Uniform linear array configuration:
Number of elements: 64
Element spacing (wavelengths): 1
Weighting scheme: uniform
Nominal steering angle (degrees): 30
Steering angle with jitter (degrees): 31.686
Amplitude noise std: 0.05
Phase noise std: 0.05

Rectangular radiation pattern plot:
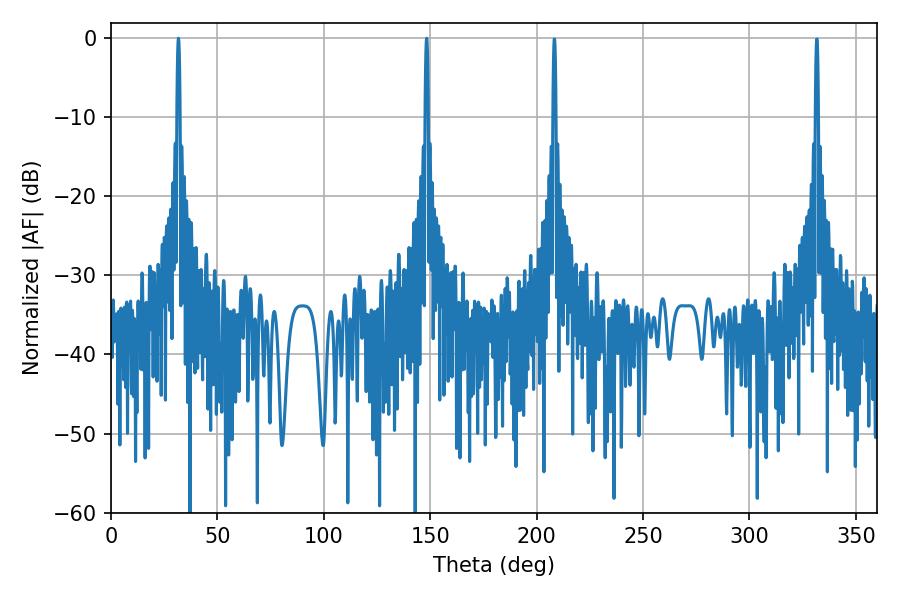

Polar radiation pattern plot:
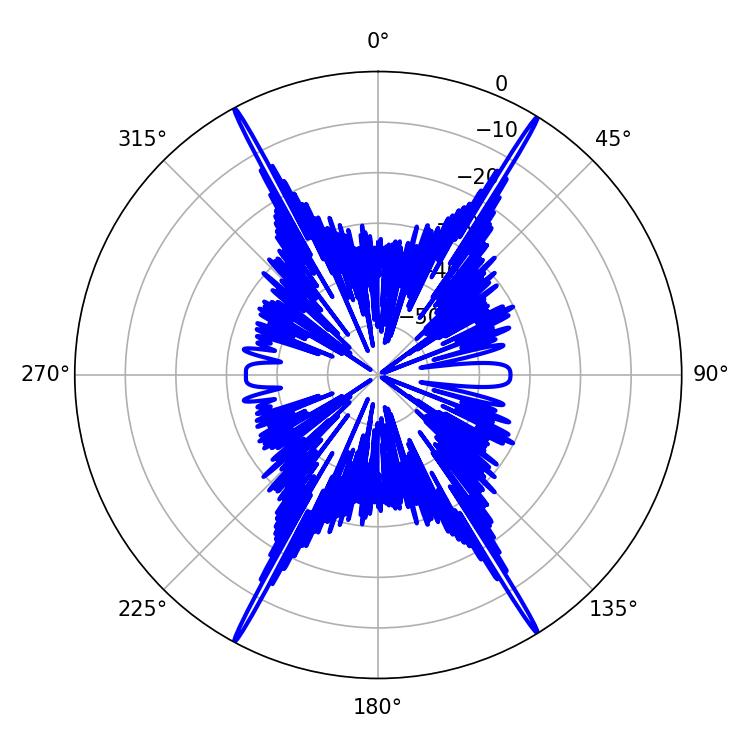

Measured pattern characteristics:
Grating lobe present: TRUE
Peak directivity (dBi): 29.192
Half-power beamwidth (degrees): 0.72
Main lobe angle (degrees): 31.68